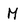
Character: M